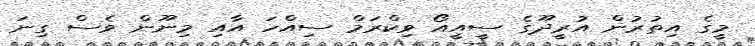
މީގެ އިތުރުން އުރީދޫގެ ސީއީއޯ ވިކްރަމް ސިއްހަ އާއި މިނޫން ވެސް ގިނަ